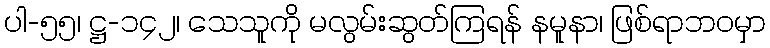
ပါ-၅၅၊ ဋ္ဌ-၁၄၂၊ သေသူကို မလွမ်းဆွတ်ကြရန် နမူနာ၊ ဖြစ်ရာဘဝမှာ